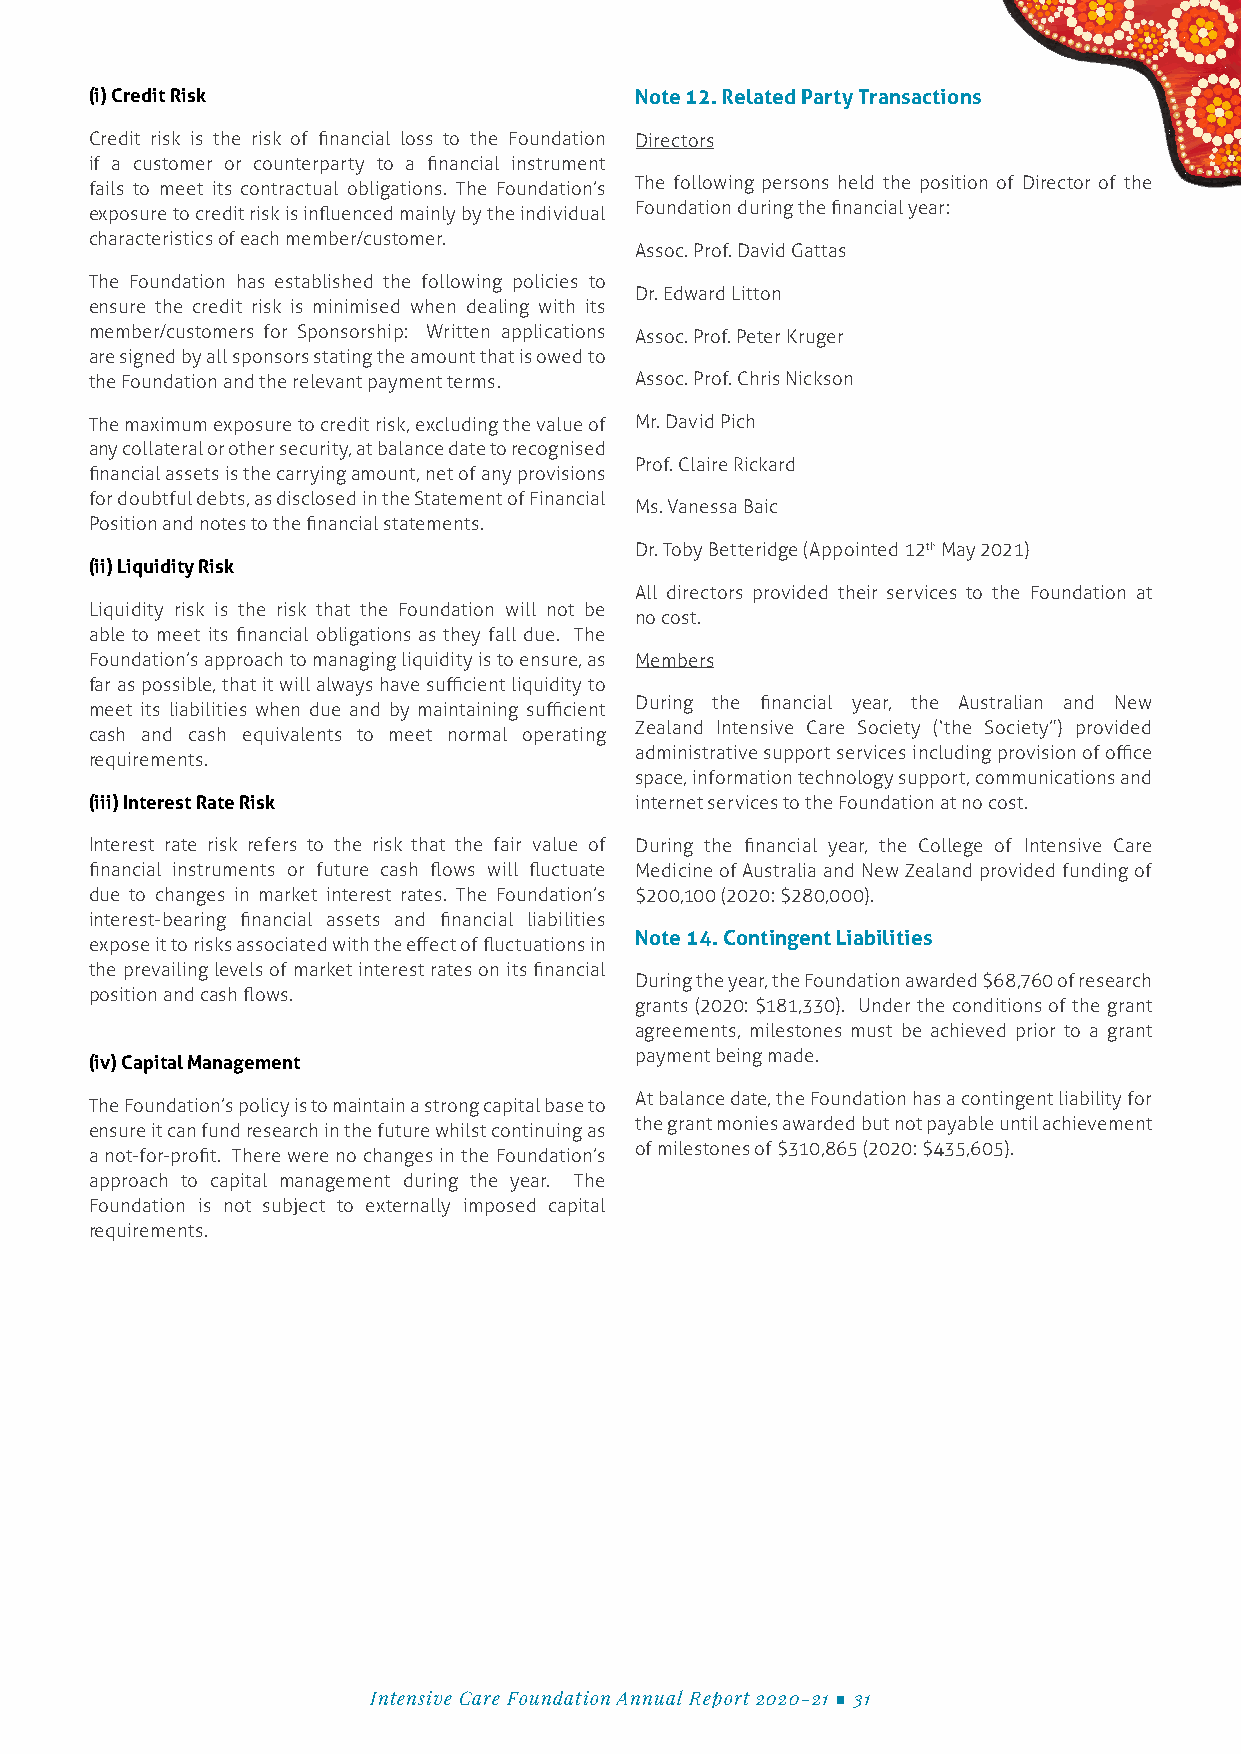
NOTES TO THE FINANCIAL STATEMENTS (i) Credit Risk Note 12. Related Party Transactions
 FOR THE YEAR ENDED 30 JUNE 2021 Credit risk is the risk of financial loss to the Foundation Directors
 if a customer or counterparty to a financial instrument
 fails to meet its contractual obligations. The Foundation’s The following persons held the position of Director of the
 exposure to credit risk is influenced mainly by the individual Foundation during the financial year:
 characteristics of each member/customer.
 Assoc. Prof. David Gattas
 The Foundation has established the following policies to
 Dr. Edward Litton
 ensure the credit risk is minimised when dealing with its
 member/customers for Sponsorship: Written applications Assoc. Prof. Peter Kruger
 are signed by all sponsors stating the amount that is owed to
 the Foundation and the relevant payment terms. Assoc. Prof. Chris Nickson
 The maximum exposure to credit risk, excluding the value of Mr. David Pich
 any collateral or other security, at balance date to recognised
 Prof. Claire Rickard
 financial assets is the carrying amount, net of any provisions
 for doubtful debts, as disclosed in the Statement of Financial
 Ms. Vanessa Baic
 Position and notes to the financial statements.
 Dr. Toby Betteridge (Appointed 12th May 2021)
 (ii) Liquidity Risk
 All directors provided their services to the Foundation at
 Liquidity risk is the risk that the Foundation will not be
 no cost.
 able to meet its financial obligations as they fall due. The
 Foundation’s approach to managing liquidity is to ensure, as Members
 far as possible, that it will always have sufficient liquidity to
 During the financial year, the Australian and New
 meet its liabilities when due and by maintaining sufficient
 Zealand Intensive Care Society (‘the Society”) provided
 cash and cash equivalents to meet normal operating
 administrative support services including provision of office
 requirements.
 space, information technology support, communications and
 (iii) Interest Rate Risk            internet services to the Foundation at no cost.
 Interest rate risk refers to the risk that the fair value of During the financial year, the College of Intensive Care
 financial instruments or future cash flows will fluctuate Medicine of Australia and New Zealand provided funding of
 due to changes in market interest rates. The Foundation’s $200,100 (2020: $280,000).
 interest-bearing financial assets and financial liabilities
 Note 14. Contingent Liabilities
 expose it to risks associated with the effect of fluctuations in
 the prevailing levels of market interest rates on its financial
 During the year, the Foundation awarded $68,760 of research
 position and cash flows.
 grants (2020: $181,330). Under the conditions of the grant
 agreements, milestones must be achieved prior to a grant
 payment being made.
 (iv) Capital Management
 At balance date, the Foundation has a contingent liability for
 The Foundation’s policy is to maintain a strong capital base to
 the grant monies awarded but not payable until achievement
 ensure it can fund research in the future whilst continuing as
 of milestones of $310,865 (2020: $435,605).
 a not-for-profit. There were no changes in the Foundation’s
 approach to capital management during the year. The
 Foundation is not subject to externally imposed capital
 requirements.
 Intensive Care Foundation Annual Report 2020-21 ■ 31